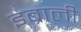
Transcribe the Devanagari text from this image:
इब्राली